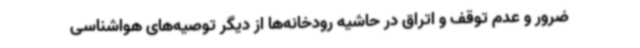
ضرور و عدم توقف و اتراق در حاشیه رودخانه‌ها از دیگر توصیه‌های هواشناسی